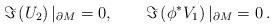
LaTeX: \begin{align*}\Im \left( U_2 \right)|_{\partial M}=0,\qquad\Im \left( \phi^* V_1 \right)|_{\partial M}=0 \,.\end{align*}